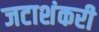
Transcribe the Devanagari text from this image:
जटाशंकरी